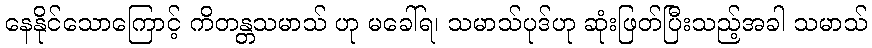
နေနိုင်သောကြောင့် ကိတန္တသမာသ် ဟု မခေါ်ရ၊ သမာသ်ပုဒ်ဟု ဆုံးဖြတ်ပြီးသည့်အခါ သမာသ်